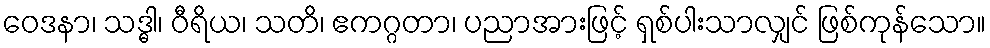
ဝေဒနာ၊ သဒ္ဓါ၊ ဝီရိယ၊ သတိ၊ ဧကဂ္ဂတာ၊ ပညာအားဖြင့် ရှစ်ပါးသာလျှင် ဖြစ်ကုန်သော။